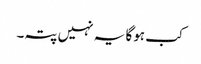
کب ہوگا یہ نہیں پتہ۔